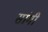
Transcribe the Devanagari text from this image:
सांगी